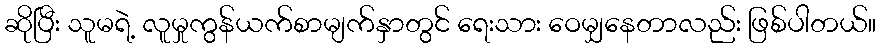
ဆိုပြီး သူမရဲ့ လူမှုကွန်ယက်စာမျက်နှာတွင် ရေးသား ဝေမျှနေတာလည်း ဖြစ်ပါတယ်။